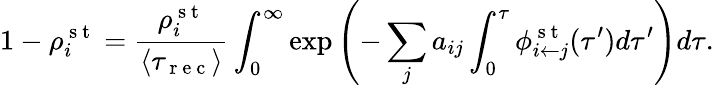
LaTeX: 1-\rho_{i}^{\mathrm{~s~t~}}=\frac{\rho_{i}^{\mathrm{~s~t~}}}{\langle\tau_{\mathrm{~r~e~c~}}\rangle}\int_{0}^{\infty}\exp{\left(-\sum_{j}a_{ij}\int_{0}^{\tau}\phi_{i\leftarrow j}^{\mathrm{~s~t~}}(\tau^{\prime})d\tau^{\prime}\right)}d\tau.